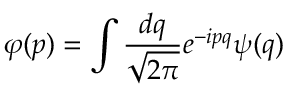
\varphi ( p ) = \int \frac { d q } { \sqrt { 2 \pi } } e ^ { - i p q } \psi ( q )